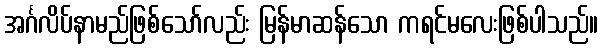
အင်္ဂလိပ်နာမည်ဖြစ်သော်လည်း မြန်မာဆန်သော ကရင်မလေးဖြစ်ပါသည်။